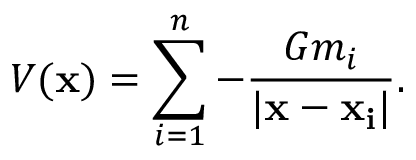
V ( \mathbf { x } ) = \sum _ { i = 1 } ^ { n } - { \frac { G m _ { i } } { | \mathbf { x } - \mathbf { x _ { i } } | } } .